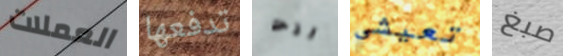
العملات تدفعها انت تعيشي صبغ